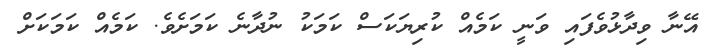
އޭނާ ވިދާޅުވެފައި ވަނީ ކަމެއް ކުރިޔަކަސް ކަމަކު ނުދާނެ ކަމަށެވެ. ކަމެއް ކަމަކަށް